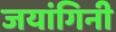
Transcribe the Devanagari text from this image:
जयांगिनी